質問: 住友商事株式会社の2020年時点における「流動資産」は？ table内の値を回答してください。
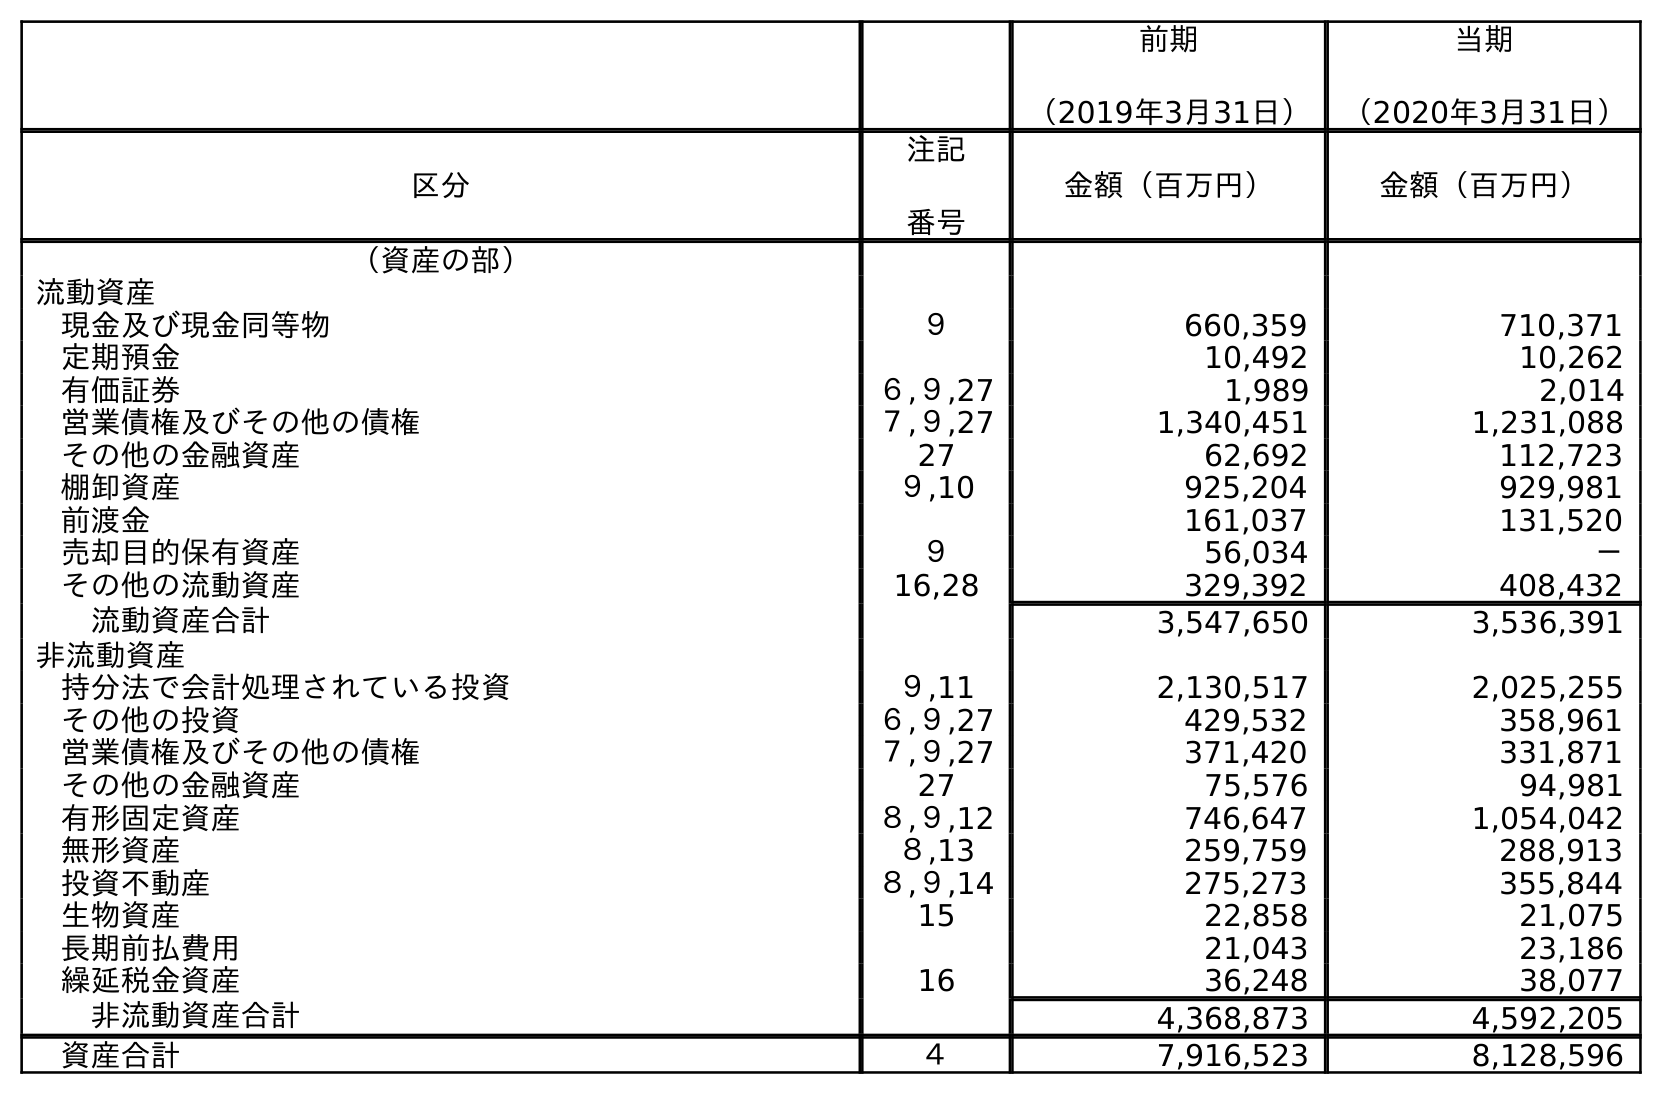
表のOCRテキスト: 前期 （2019年3月31日） 当期 （2020年3月31日） 区分 注記 番号 金額（百万円） 金額（百万円） （資産の部） 流動資産 現金及び現金同等物 ９ 660,359 710,371 定期預金 10,492 10,262 有価証券 ６,９,27 1,989 2,014 営業債権及びその他の債権 ７,９,27 1,340,451 1,231,088 その他の金融資産 27 62,692 112,723 棚卸資産 ９,10 925,204 929,981 前渡金 161,037 131,520 売却目的保有資産 ９ 56,034 － その他の流動資産 16,28 329,392 408,432 流動資産合計 3,547,650 3,536,391 非流動資産 持分法で会計処理されている投資 ９,11 2,130,517 2,025,255 その他の投資 ６,９,27 429,532 358,961 営業債権及びその他の債権 ７,９,27 371,420 331,871 その他の金融資産 27 75,576 94,981 有形固定資産 ８,９,12 746,647 1,054,042 無形資産 ８,13 259,759 288,913 投資不動産 ８,９,14 275,273 355,844 生物資産 15 22,858 21,075 長期前払費用 21,043 23,186 繰延税金資産 16 36,248 38,077 非流動資産合計 4,368,873 4,592,205 資産合計 ４ 7,916,523 8,128,596
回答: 3,536,391